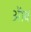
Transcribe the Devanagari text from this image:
ॲाव